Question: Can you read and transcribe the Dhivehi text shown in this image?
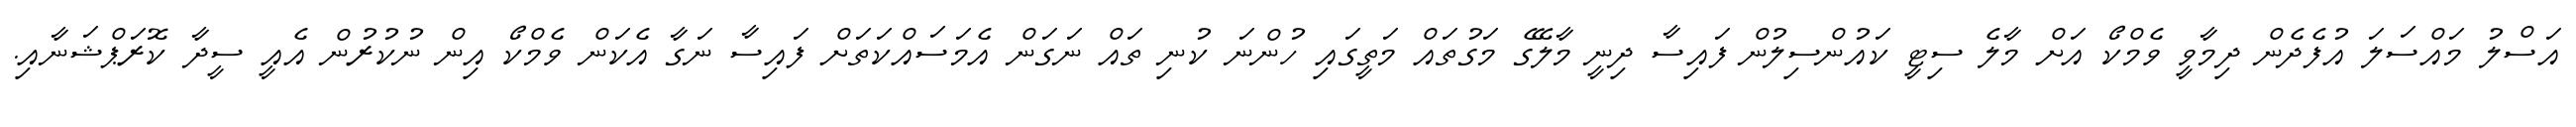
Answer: އަސްލު މައްސަލަ އުފެދެން ދިމާވީ ވެމްކޯ އަށް މާލެ ސިޓީ ކައުންސިލުން ފައިސާ ދިނީ މާލޭގެ މަގުތައް މަތީގައި ހުންނަ ކުނި ތައް ނަގަން އެމަސައްކަތަށް ފައިސާ ނަގާ އެކަން ވެމްކޯ އިން ނުކުރުން އެއީ ސީދާ ކޮރަޕްޝަނާއި.